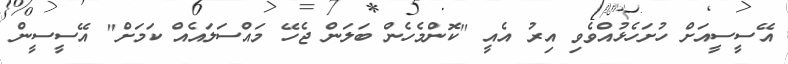
އޭސީސީއަށް ހުށަހެޅުއްވެވި އިރު އެއީ "ކޮންމެހެން ބަލަން ޖެހޭ މައްސަލައެއް ކަމަށް" އޭސީސީން